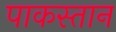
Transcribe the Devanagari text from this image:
पाकस्तान